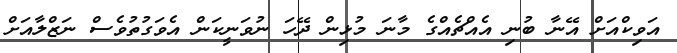
އަވިކްއަށް އޭނާ ބުނި އެއްޗެއްގެ މާނަ މުޅިން ދޭހަ ނުވަނީކަން އެވަގުތުވެސް ނަޒްލާއަށް